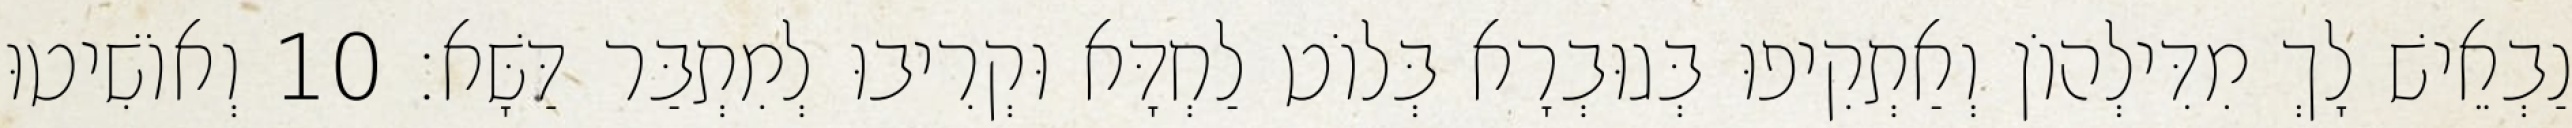
נַבְאֵישׁ לָךְ מִדִּילְהוֹן וְאַתְקִיפוּ בְּגוּבְרָא בְּלוֹט לַחְדָּא וּקְרִיבוּ לְמִתְבַּר דַּשָּׁא׃ 10 וְאוֹשִׁיטוּ